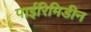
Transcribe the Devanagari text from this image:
पाईरिमिडीन